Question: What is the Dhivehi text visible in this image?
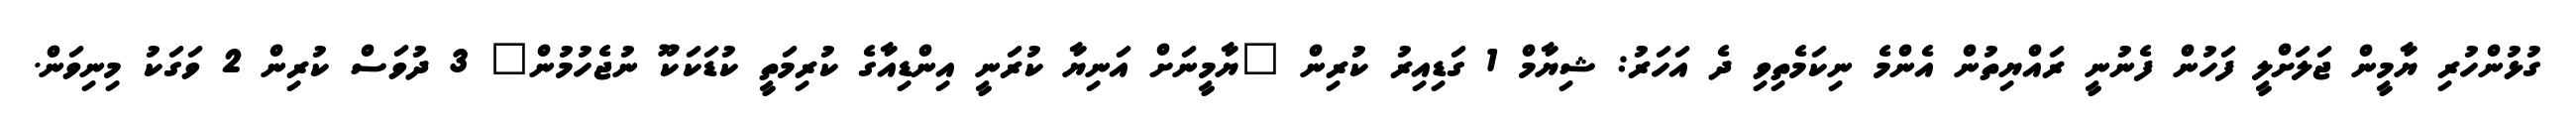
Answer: ގުޅުންހުރި ޔާމީން ޖަލަށްލީ ފަހުން ފެނުނީ ރައްޔިތުން އެންމެ ނިކަމެތިވި ދެ އަހަރު: ޝިޔާމް 1 ގަޑިއިރު ކުރިން "ޔާމީނަށް އަނިޔާ ކުރަނީ އިންޑިއާގެ ކުރިމަތީ ކުޑަކަކޫ ނުޖެހުމުން" 3 ދުވަސް ކުރިން 2 ވަގަކު މިނިވަން.